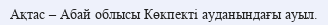
Ақтас – Абай облысы Көкпекті ауданындағы ауыл.